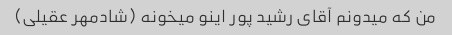
من که میدونم آقای رشید پور اینو میخونه (شادمهر عقیلی)